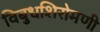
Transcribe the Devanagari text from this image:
विबुधशिरोमणी